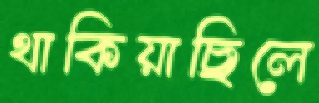
থাকিয়াছিলে